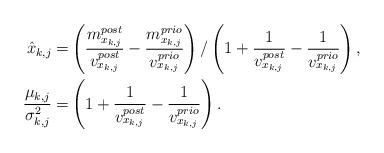
LaTeX: \begin{align*}\hat{x}_{k,j} =& \left(\frac{m_{x_{k,j}}^{post}}{v_{x_{k,j}}^{post}} - \frac{m_{x_{k,j}}^{prio}}{v_{x_{k,j}}^{prio}} \right) / \left(1 + \frac{1}{v_{x_{k,j}}^{post}} - \frac{1}{v_{x_{k,j}}^{prio}} \right), \\\frac{\mu_{k,j}}{\sigma^2_{k,j}} =& \left(1 + \frac{1}{v_{x_{k,j}}^{post}} - \frac{1}{v_{x_{k,j}}^{prio}} \right).\end{align*}